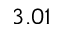
3 . 0 1